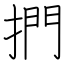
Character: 捫